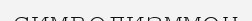
символизммен